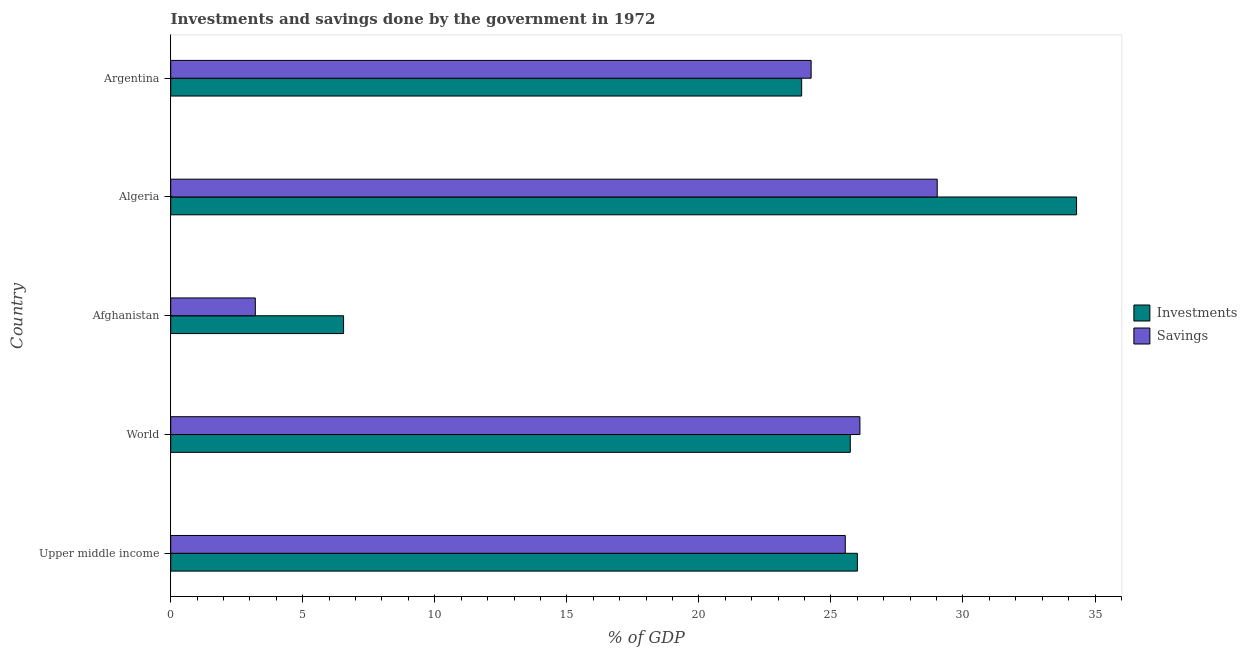
| Country | Investments | Savings |
 | --- | --- | --- |
 | Upper middle income | 26 | 25.5 |
 | World | 25.7 | 26.1 |
 | Afghanistan | 6.55 | 3.2 |
 | Algeria | 34.3 | 29 |
 | Argentina | 23.9 | 24.3 |